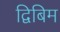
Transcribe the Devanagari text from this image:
द्विबिम